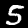
Digit: 5